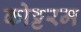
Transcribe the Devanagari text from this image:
कोट्टरम